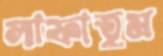
লাফাতুম